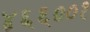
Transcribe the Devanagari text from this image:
४६६००१